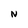
Character: N